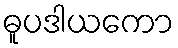
ဓူပဒါယကော